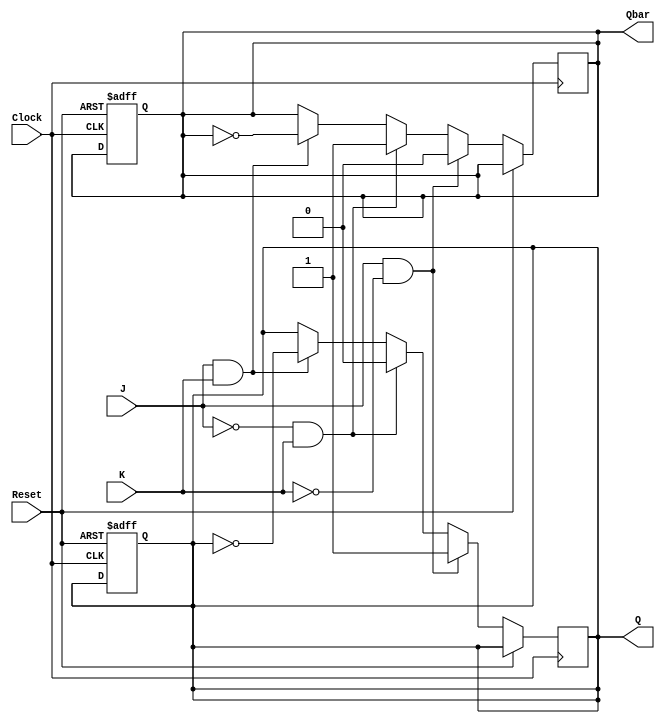
module neg_edge_triggered_JK_FF (
    input wire J,
    input wire K,
    input wire Clock,
    input wire Reset,
    output reg Q,
    output reg Qbar
);

reg Q_next, Qbar_next;

always @ (negedge Clock or posedge Reset) begin
    if (Reset) begin
        Q <= 1'b0;
        Qbar <= 1'b1;
    end else begin
        if (J & ~K) begin
            Q_next <= 1'b1;
            Qbar_next <= 1'b0;
        end else if (~J & K) begin
            Q_next <= 1'b0;
            Qbar_next <= 1'b1;
        end else if (J & K) begin
            Q_next <= ~Q;
            Qbar_next <= ~Qbar;
        end else begin
            Q_next <= Q;
            Qbar_next <= Qbar;
        end
    end
end

always @ (*) begin
    Q <= Q_next;
    Qbar <= Qbar_next;
end

endmodule